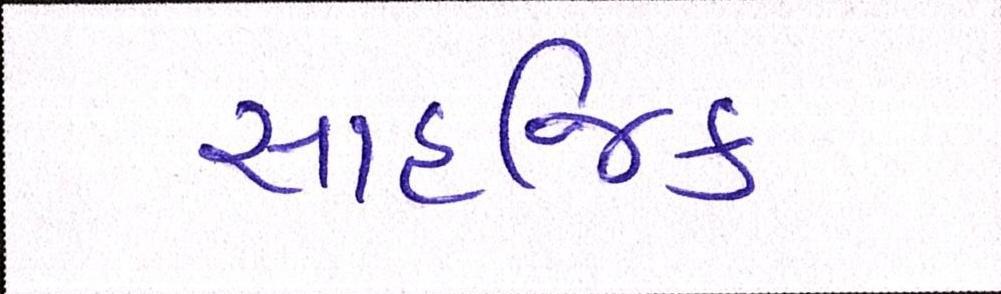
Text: સાહજિક